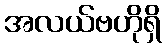
အလယ်ဗဟိုရှိ